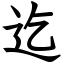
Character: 迄